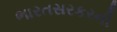
ભારતસરકરની